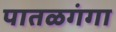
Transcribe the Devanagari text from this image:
पातळगंगा